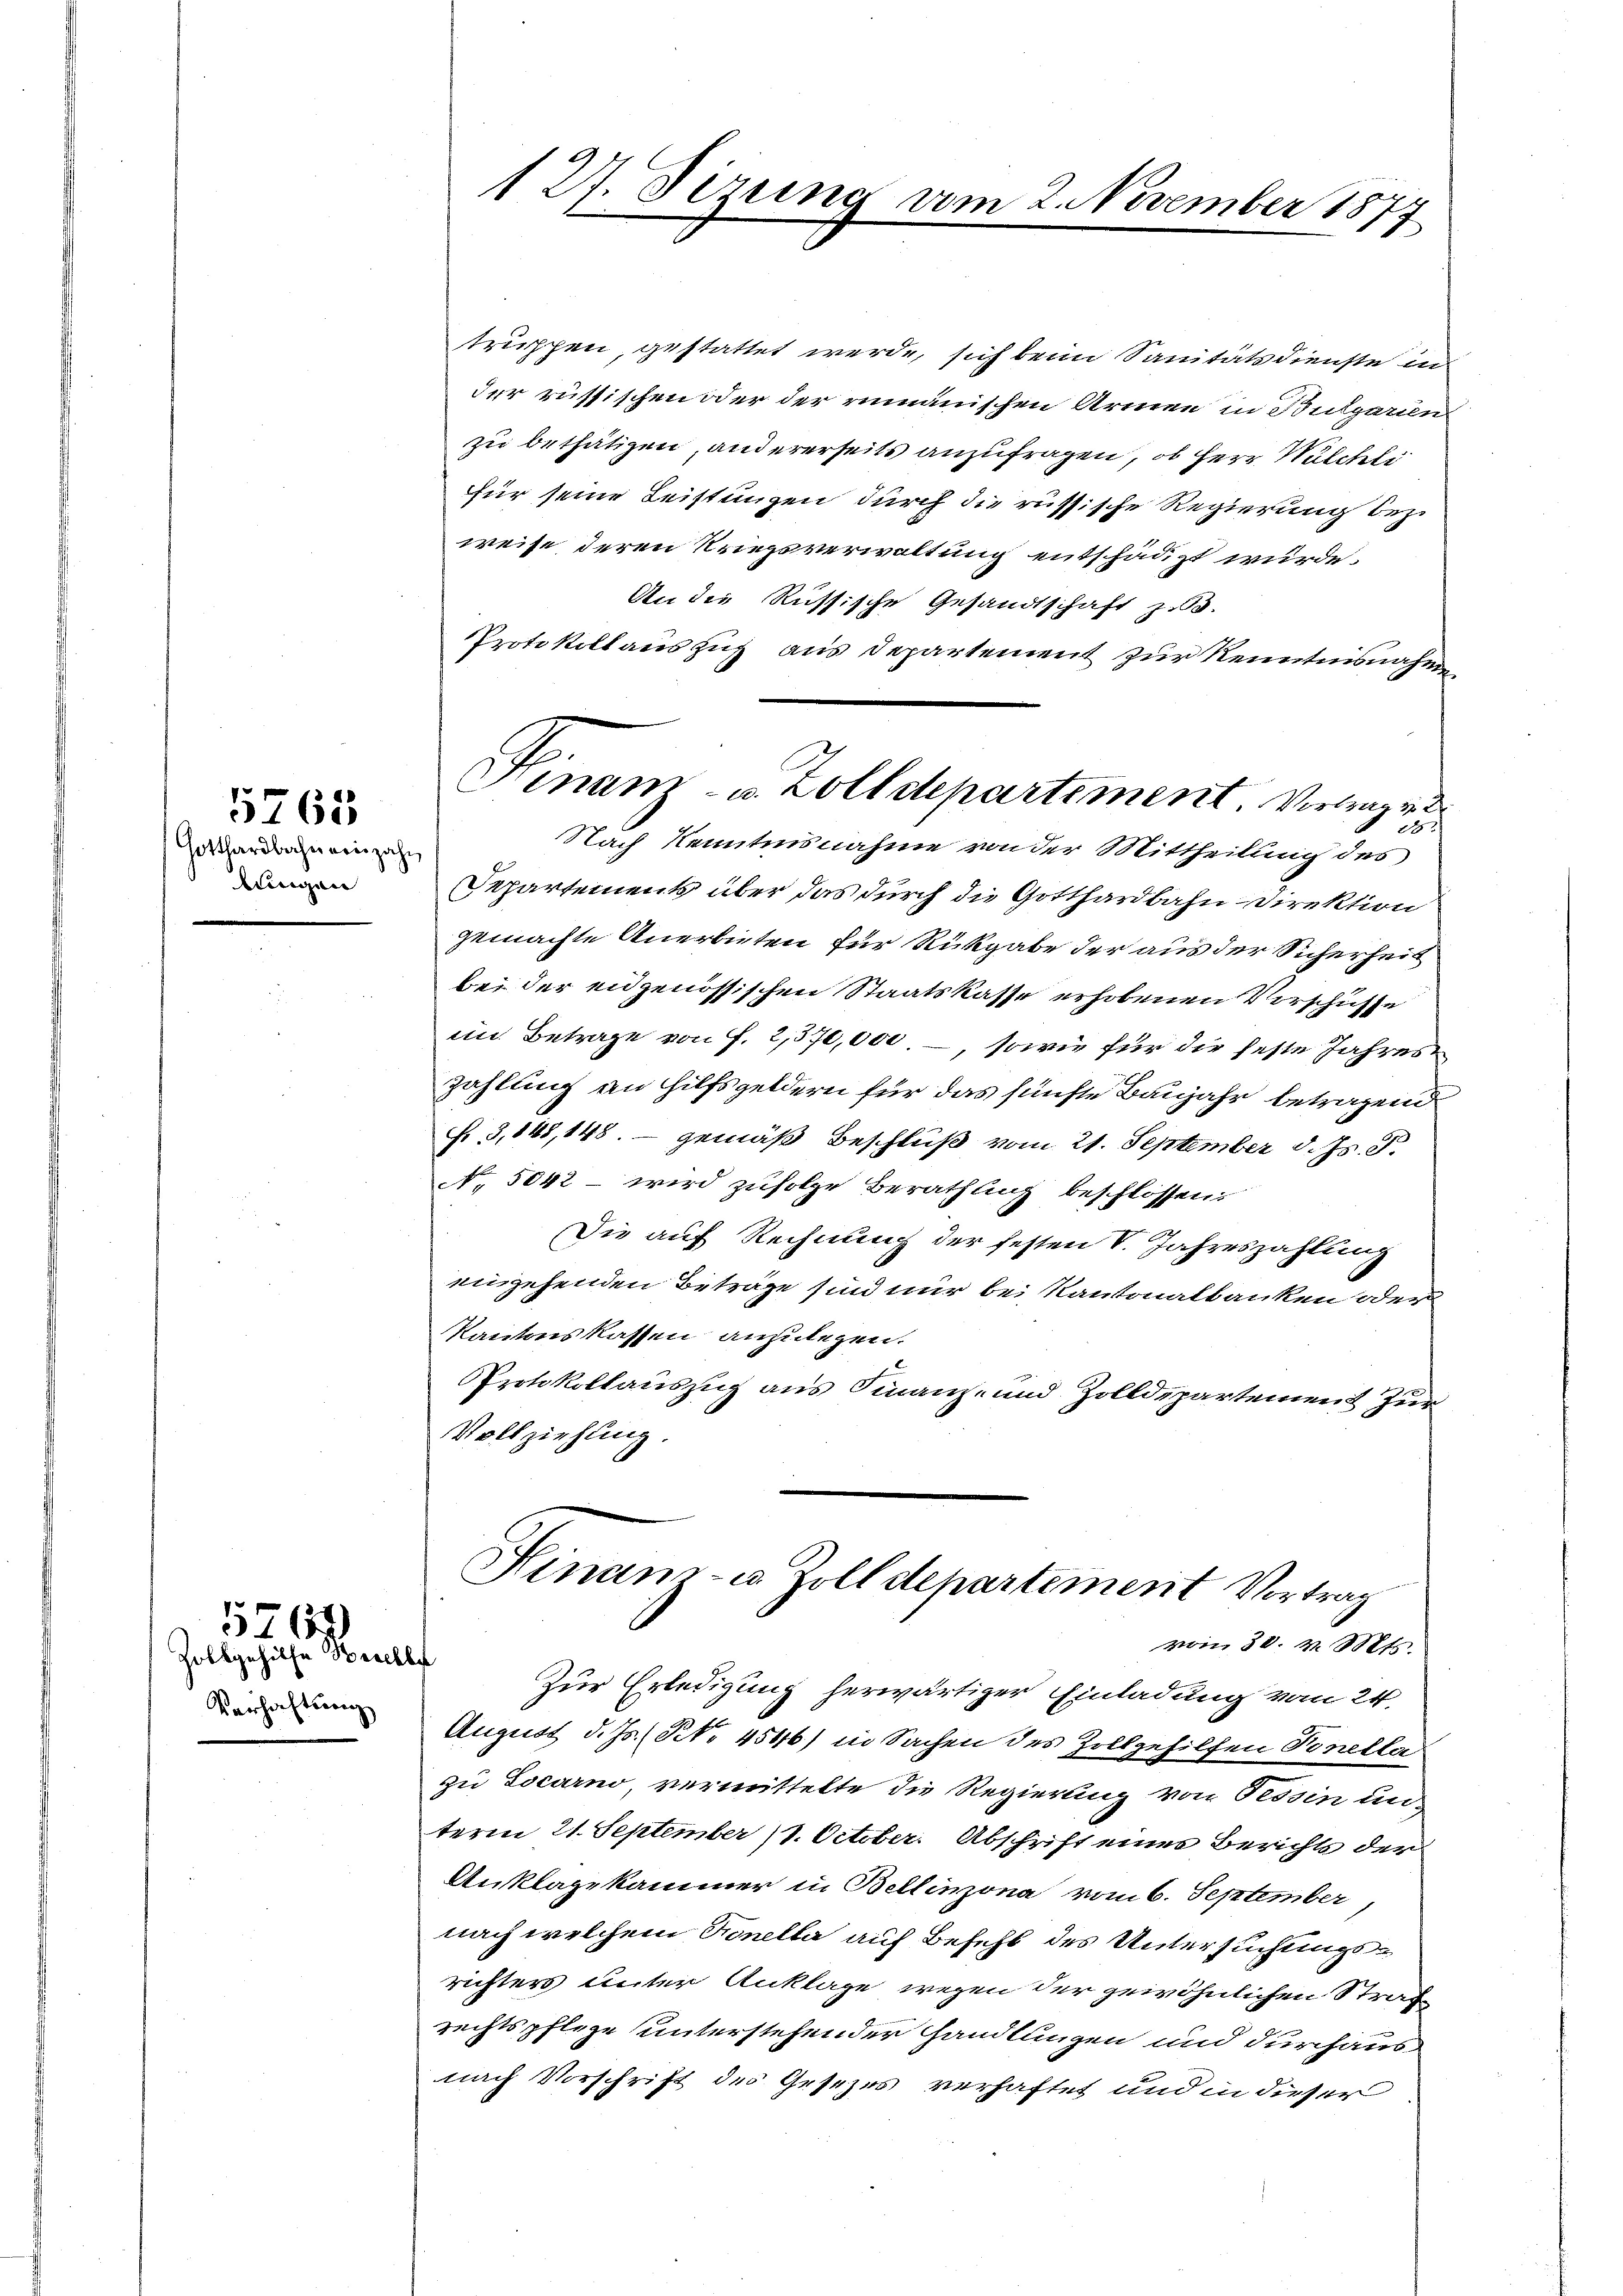
Gotthardbahn einzah
lungen

5765

Zolkgehilfe Beschlu
Verhaftsang

5762)

127. Sizung vom 2. November 187
1

Finanz- u. Zolldepartiment Vertragen
Nach Kenntnisnahme von der Mittheilung des

truppen, gestattet werde, sich beim Sanitätsdienste in
der russischen oder der rumänischen Armen in Bulgarien
zu bethätigen, andererseits anzufragen, ob Herr Wulchli
für seine Leistungen durch die russische Regierung bezi
weise deren Kriegsverwaltung entschädigt wurde.
An die Russische Gesandtschaft z. B.
Protokollauszug aus Departement zur Kenntnisnahmen
24
Departements über das durch die Gotthardbahn- Direktion
gemachte Anerbieten für Rückgabe der aus der Sicherheit
bei der eidgenössischen Staatskasse erhobenen Verschüsse
im Betrage von f. 2,570,000. –, sowie für die feste Jahreszahlung an Hilfsgeldern für das fünfte Baujahr betragend
f 3,148, 148. — gemäß Beschluß vom 21. September d. Js. 8.
No. 5042 - wird zufolge Berathung beschlossen:
Die auf Rechnung der festen V. Jahreszahlung
eingehenden Beträge sind nur bei Kantonalbanken oder
kantonskassen anzulegen.
PProtokollauszug aus Finanze und Zolldepartement zur
Vollziehung.

Hinam- u. Zolldepartement Vortrag
von 30. v. Mts.

Zur Erledigung herwärtiger Einladung vom 24.
August d. Js. (N. 4546) in Sachen des Zollgehilfen Tonella
zu Locarno, vermittelte die Regierung von Tessin un
term 21. September (1. October. Abschrift eines Berichts der
Anklagekammer in Bellinzona vom 6. September,
nach welchem Tonella auf Befehl des Untersuchungsrichters unter Anklage wegen der gewöhnlichen Strafe
rechtspflege unterstehender Handlungen und durchaus
nach Vorschrift des Gesezes verhaftet und in dieser